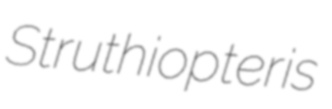
Struthiopteris